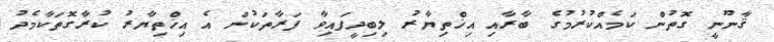
ޤާނޫނީ ގޮތުން ކަމެއްކުރުމުގެ ބާރާއި އިޚްތިޔާރު ލިބިދީފައިވާ ފަރާތަކުން އެ އިޚްތިޔާރު ކުރާގޮތަކާމެދު